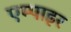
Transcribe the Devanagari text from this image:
एम्पाइर